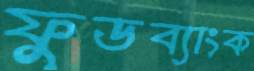
ফুডব্যাংক